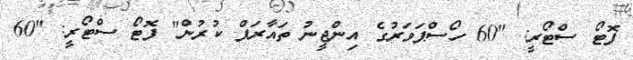
ފޮޓޯ ސްޓޯރީ: "60 ހޯސްޕަވަރުގެ އިންޖީނު ތައާރަފް ކުރުން" ފޮޓޯ ސްޓޯރީ: "60